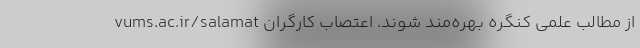
vums.ac.ir/salamat از مطالب علمی کنگره بهره‌مند شوند. اعتصاب کارگران‌